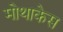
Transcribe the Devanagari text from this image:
मोथाकेस